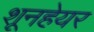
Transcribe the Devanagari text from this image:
शूनहेयर